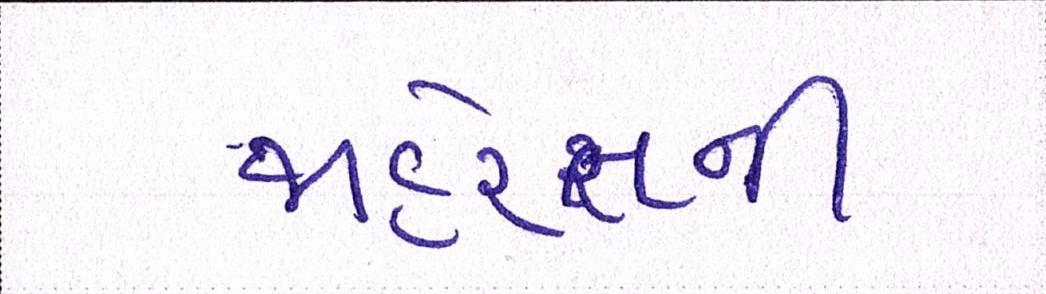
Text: જાહેરાતની